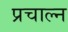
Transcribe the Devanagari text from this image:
प्रचाल्न